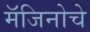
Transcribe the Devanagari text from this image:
मॅजिनोचे